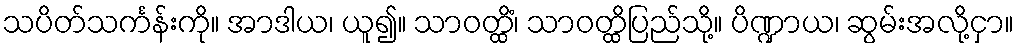
သပိတ်သင်္ကန်းကို။ အာဒါယ၊ ယူ၍။ သာဝတ္ထိံ၊ သာဝတ္ထိပြည်သို့။ ပိဏ္ဍာယ၊ ဆွမ်းအလို့ငှာ။